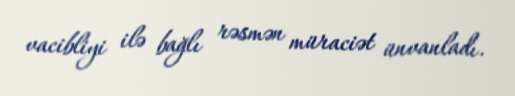
vacibliyi ilə bağlı rəsmən müraciət ünvanladı.